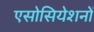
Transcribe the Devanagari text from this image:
एसोसियेशनों